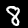
Label: 8